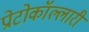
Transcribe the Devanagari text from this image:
प्रोटोकॉल्लारी